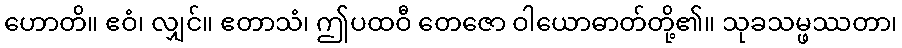
ဟောတိ။ ဧဝံ၊ လျှင်။ ဧတာသံ၊ ဤပထဝီ တေဇော ဝါယောဓာတ်တို့၏။ သုခသမ္ဖဿတာ၊